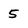
Character: 5